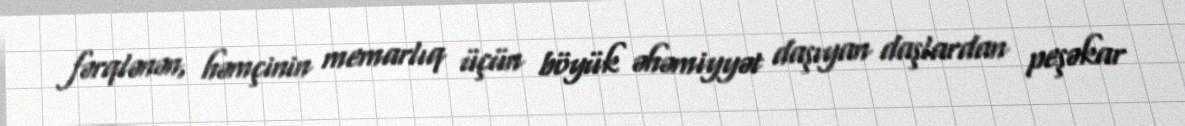
fərqlənən, həmçinin memarlıq üçün böyük əhəmiyyət daşıyan daşlardan peşəkar